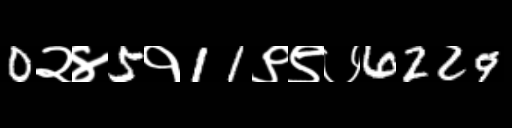
Text: 0२४5१11९९७6229